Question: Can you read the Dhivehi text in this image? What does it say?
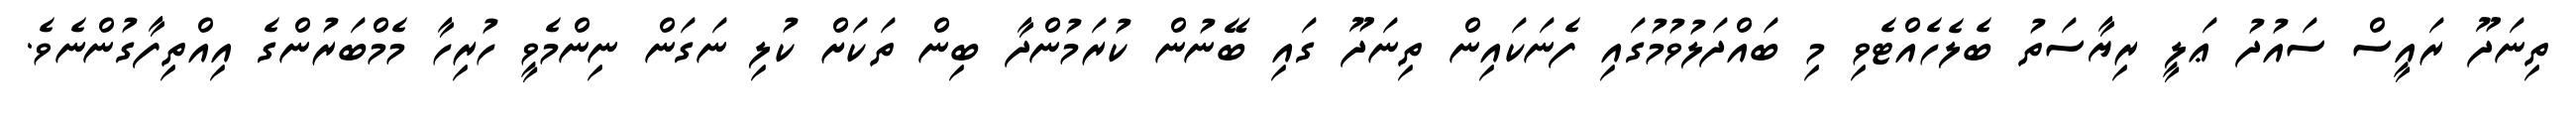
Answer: ތިނަދޫ ރައީސް ސައުދު ޢަލީ ރިޔާސަތު ބެލެހެއްޓެވި މި ބައްދަލުވުމުގައި ފެނަކައިން ތިނަދޫ ގައި ބޭނުން ކުރަމުންދާ ބިން ތަކަށް ކުލި ނަގަން ނިންމެވީ ހުރިހާ މެމްބަރުންގެ އިއްތިފާގުންނެވެ.